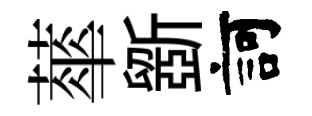
蕐斵訶